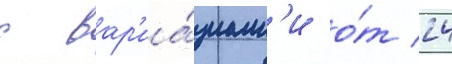
с вар'иа́циам'и о́т 24